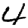
Digit: 4